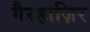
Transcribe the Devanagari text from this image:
गैरहाज़िर